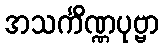
အသင်္ကိဏ္ဏပုဗ္ဗာ